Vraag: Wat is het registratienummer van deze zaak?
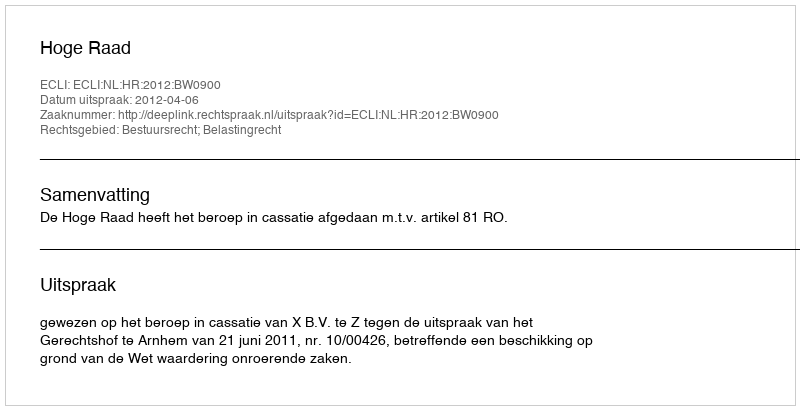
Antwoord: http://deeplink.rechtspraak.nl/uitspraak?id=ECLI:NL:HR:2012:BW0900